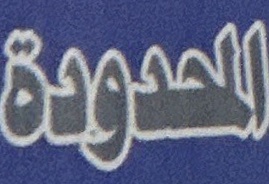
المحدودة